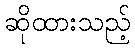
ဆိုထားသည့်